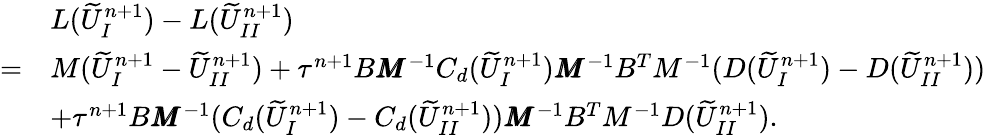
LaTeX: \begin{array}{rl}&{L(\widetilde{U}_{I}^{n+1})-L(\widetilde{U}_{II}^{n+1})}\\ {=}&{M(\widetilde{U}_{I}^{n+1}-\widetilde{U}_{II}^{n+1})+\tau^{n+1}B\pmb{M}^{-1}C_{d}(\widetilde{U}_{I}^{n+1})\pmb{M}^{-1}B^{T}M^{-1}(D(\widetilde{U}_{I}^{n+1})-D(\widetilde{U}_{II}^{n+1}))}\\ &{+\tau^{n+1}B\pmb{M}^{-1}(C_{d}(\widetilde{U}_{I}^{n+1})-C_{d}(\widetilde{U}_{II}^{n+1}))\pmb{M}^{-1}B^{T}M^{-1}D(\widetilde{U}_{II}^{n+1}).}\end{array}